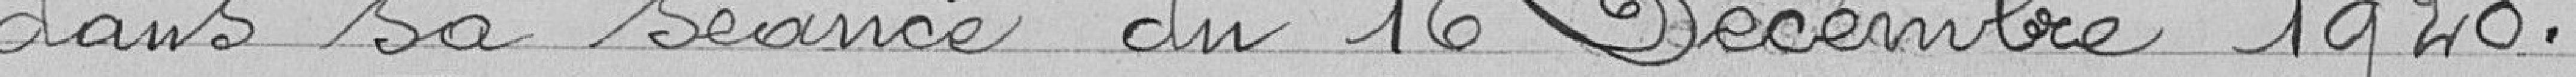
dans sa séance du 16 Décembre 1920.